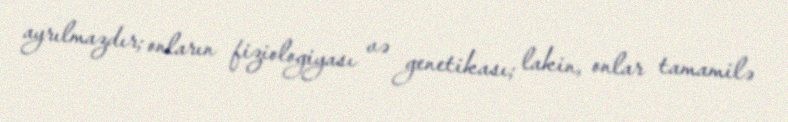
ayrılmazdır; onların fiziologiyası və genetikası; lakin, onlar tamamilə